Annual administration report of the Civil Veterinary Department of India - 1900-1901
Year: 1900
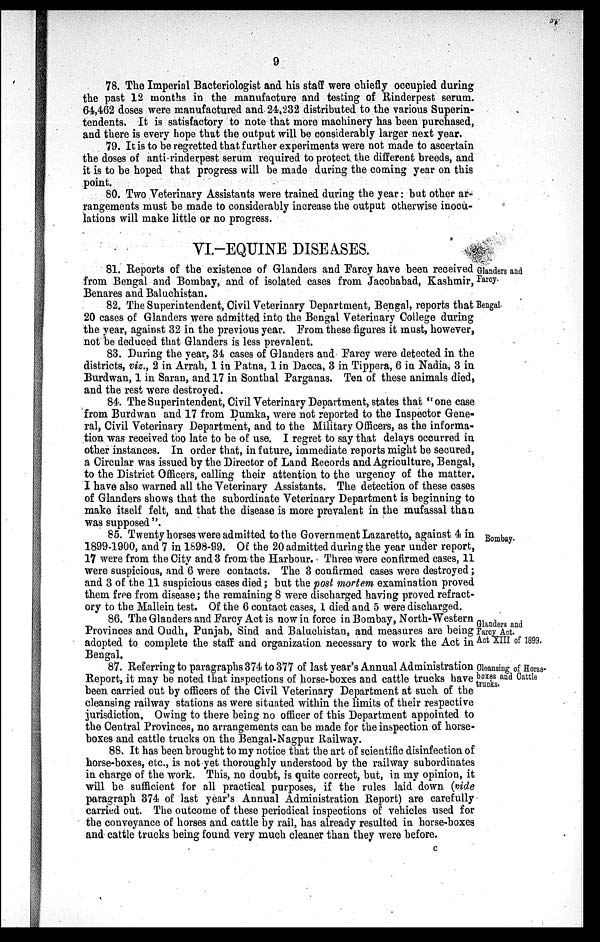
9
78. The Imperial Bacteriologist and his staff were chiefly occupied during
the past 12 months in the manufacture and testing of Rinderpest serum.
64,462 doses were manufactured and 24,232 distributed to the various Superin-
tendents. It is satisfactory to note that more machinery has been purchased,
and there is every hope that the output will be considerably larger next year.
79. It is to be regretted that further experiments were not made to ascertain
the doses of anti rinderpest serum required to protect the different breeds, and
it is to be hoped that progress will be made during the coming year on this
point.
80. Two Veterinary Assistants were trained during the year: but other ar-
rangements must be made to considerably increase the output otherwise inocu-
lations will make little or no progress.
VI.-EQUINE DISEASES.
Glanders and
Farcy.
81. Reports of the existence of Glanders and Farcy have been received
from Bengal and Bombay, and of isolated cases from Jacobabad, Kashmir,
Benares and Baluchistan.
Bengal.
82. The Superintendent, Civil Veterinary Department, Bengal, reports that
20 cases of Glanders were admitted into the Bengal Veterinary College during
the year, against 32 in the previous year. From these figures it must, however,
not be deduced that Glanders is less prevalent.
83. During the year, 34 cases of Glanders and Farcy were detected in the
districts, viz., 2 in Arrah, 1 in Patna, 1 in Dacca, 3 in Tippera, 6 in Nadia, 3 in
Burdwan, 1 in Saran, and 17 in Sonthal Parganas. Ten of these animals died,
and the rest were destroyed.
84. The Superintendent, Civil Veterinary Department, states that "one case
from Burdwan and 17 from Dumka, were not reported to the Inspector Gene-
ral, Civil Veterinary Department, and to the Military Officers, as the informa-
tion was received too late to be of use. I regret to say that delays occurred in
other instances. In order that, in future, immediate reports might be secured,
a Circular was issued by the Director of Land Records and Agriculture, Bengal,
to the District Officers, calling their attention to the urgency of the matter.
I have also warned all the Veterinary Assistants. The detection of these cases
of Glanders shows that the subordinate Veterinary Department is beginning to
make itself felt, and that the disease is more prevalent in the mufassal than
was supposed".
Bombay.
85. Twenty horses were admitted to the Government Lazaretto, against 4 in
1899-1900, and 7 in 1898-99. Of the 20 admitted during the year under report,
17 were from the City and 3 from the Harbour. Three were confirmed cases, 11
were suspicious, and 6 were contacts. The 3 confirmed cases were destroyed;
and 3 of the 11 suspicious cases died; but the post mortem examination proved
them free from disease; the remaining 8 were discharged having proved refract-
ory to the Mallein test. Of the 6 contact cases, 1 died and 5 were discharged.
Glanders and
Farcy Act.
Act XIII of 1899.
86. The Glanders and Farcy Act is now in force in Bombay, North-Western
Provinces and Oudh, Punjab, Sind and Baluchistan, and measures are being
adopted to complete the staff and organization necessary to work the Act in
Bengal.
Cleansing of Horse-
boxes and Oattle
trucks.
87. Referring to paragraphs 374 to 377 of last year's Annual Administration
Report, it may be noted that inspections of horse-boxes and cattle trucks have
been carried out by officers of the Civil Veterinary Department at such of the
cleansing railway stations as were situated within the limits of their respective
jurisdiction. Owing to there being no officer of this Department appointed to
the Central Provinces, no arrangements can be made for the inspection of horse-
boxes and cattle trucks on the Bengal-Nagpur Railway.
88. It has been brought to my notice that the art of scientific disinfection of
horse-boxes, etc., is not yet thoroughly understood by the railway subordinates
in charge of the work. This, no doubt, is quite correct, but, in my opinion, it
will be sufficient for all practical purposes, if the rules laid down (vide
paragraph 374 of last year's Annual Administration Report) are carefully
carried out. The outcome of these periodical inspections of vehicles used for
the conveyance of horses and cattle by rail, has already resulted in horse-boxes
and cattle trucks being found very much cleaner than they were before.
c